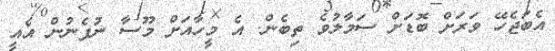
އެބަޖެހޭ ވަރަށް ބޮޑަށް ސަމާލުވެ ތިބެން. އެ މީހާއަށް މޫސާ ނުފެނުން އެއީ